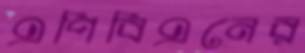
এপিবিএনের